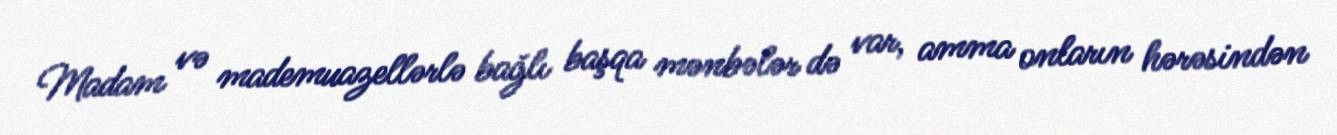
Madam və mademuazellərlə bağlı başqa mənbələr də var, amma onların hərəsindən